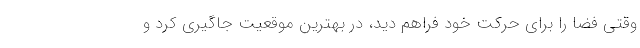
وقتی فضا را برای حرکت خود فراهم دید، در بهترین موقعیت جاگیری کرد و